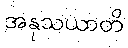
အနုသယာတိ